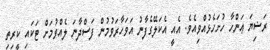
ރަޟިޔަ ޢަންހާ ހުށަހެޅުއްވިއެވެ. އެއީ އެކަލޭގެފާނު އަވަހާރަވުމުން ފަސްދާނަ ލެއްވުމަށް ޓަކައި ކީރިތި